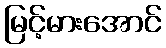
မြင့်မားအောင်